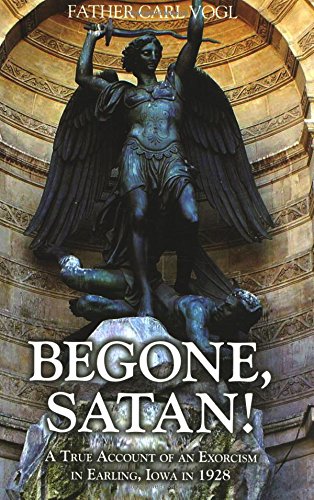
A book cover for Begone Satan: A Soul Stirring Account of Diabolical Possession in Iowa; Rev. Fr. Carl Vogl; Politics & Social Sciences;